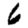
Digit: 6